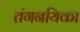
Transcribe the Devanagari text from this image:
तंगनयिका